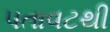
પતાવટથી